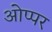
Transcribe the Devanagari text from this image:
ओप्पर